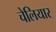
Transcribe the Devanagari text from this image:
चेलियार